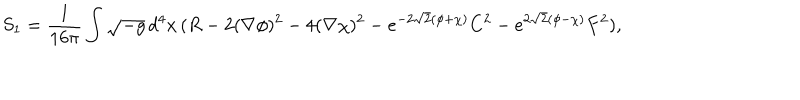
S _ { 1 } = \frac { 1 } { 1 6 \pi } \int \sqrt { - g } \, d ^ { 4 } x \, ( R - 2 ( \nabla \phi ) ^ { 2 } - 4 ( \nabla \chi ) ^ { 2 } - e ^ { - 2 \sqrt { 2 } ( \phi + \chi ) } C ^ { 2 } - e ^ { 2 \sqrt { 2 } ( \phi - \chi ) } F ^ { 2 } ) ,